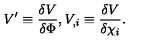
V ^ { \prime } \equiv \frac { \delta V } { \delta \Phi } , V _ { , i } \equiv \frac { \delta V } { \delta \chi _ { i } } .